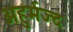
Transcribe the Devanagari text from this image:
अहुर्मज्द